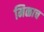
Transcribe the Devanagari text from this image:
मिळाच